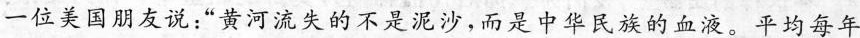
一位美国朋友说：“黄河流失的不是泥沙，而是中华民族的血液。平均每年